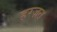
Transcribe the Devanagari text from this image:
हरज़त